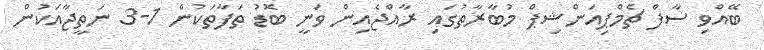
ބޭއްވި ސާފް ޗެމްޕިއަންޝިޕް މުބާރާތުގައި ރާއްޖެއިން ވަނީ ބޮޑު ތަފާތަކުން 1-3 ނަތީޖާއަކުން